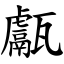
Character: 甗